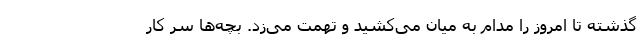
گذشته تا امروز را مدام به میان می‌کشید و تهمت می‌زد. بچه‌ها سر کار